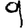
Digit: 9